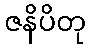
ဇနိပိတု